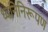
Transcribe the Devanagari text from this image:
ध्वनिनिरूपण